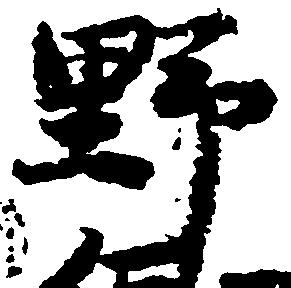
野